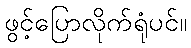
ဖွင့်ပြောလိုက်ရုံပင်။